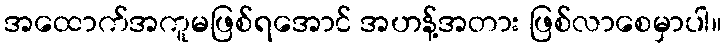
အထောက်အကူမဖြစ်ရအောင် အဟန့်အတား ဖြစ်လာစေမှာပါ။